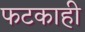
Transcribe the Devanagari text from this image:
फटकाही